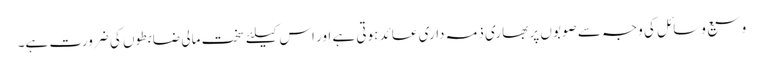
وسیع وسائل کی وجہ سے صوبوں پر بھاری ذمہ داری عائد ہوتی ہے اور اس کیلئے سخت مالی ضابطوں کی ضرورت ہے۔